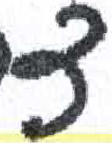
אות: צ